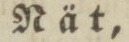
Nät,